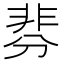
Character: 𩇴